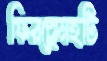
ফিরছেনহটি